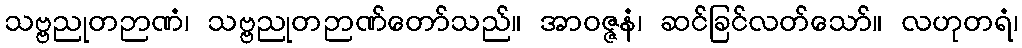
သဗ္ဗညုတဉာဏံ၊ သဗ္ဗညုတဉာဏ်တော်သည်။ အာဝဇ္ဇနံ၊ ဆင်ခြင်လတ်သော်။ လဟုတရံ၊